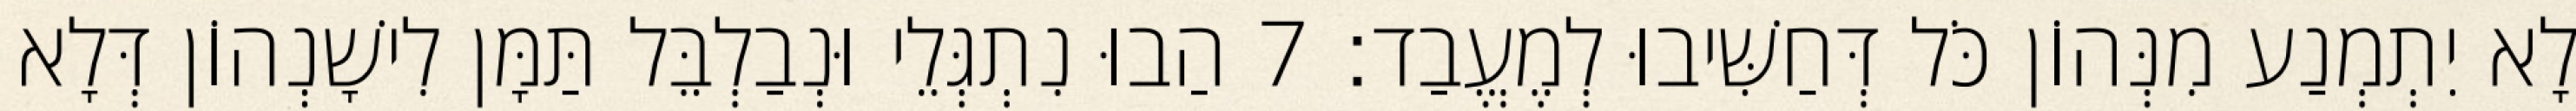
לָא יִתְמְנַע מִנְּהוֹן כֹּל דְּחַשִּׁיבוּ לְמֶעֱבַד׃ 7 הַבוּ נִתְגְּלֵי וּנְבַלְבֵּל תַּמָּן לִישָׁנְהוֹן דְּלָא